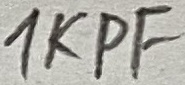
Text: 1KPF